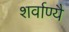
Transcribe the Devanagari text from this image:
शर्वाण्यै